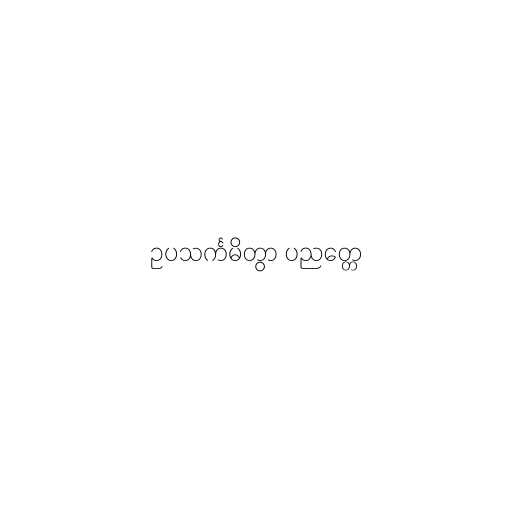
ဥပသင်္ကမိတွာ ပညတ္တေ